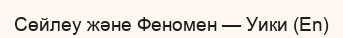
Сөйлеу және Феномен — Уики (En)